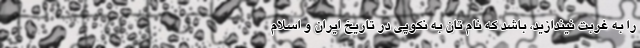
را به غربت نیندازید، باشد که نام تان به نکویی در تاریخ ایران و اسلام